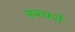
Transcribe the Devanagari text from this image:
सककर्ते